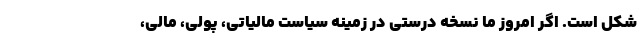
شکل است. اگر امروز ما نسخه درستی در زمینه سیاست مالیاتی، پولی، مالی،